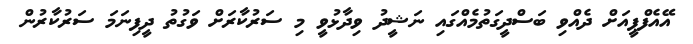
އޭއެފްޕީއަށް ދެއްވި ބަސްދީގަތުމެއްގައި ނަޝީދު ވިދާޅުވީ މި ސަރުކާރަށް ވަގުތު ދީފިނަމަ ސަރުކާރުން